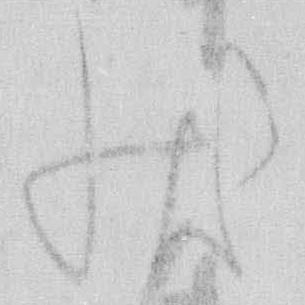
状